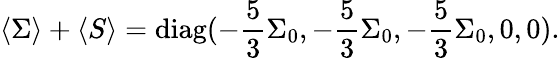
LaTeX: \langle\Sigma\rangle+\langle S\rangle=\mathrm{diag}(-\frac{5}{3}\Sigma_{0},-\frac{5}{3}\Sigma_{0},-\frac{5}{3}\Sigma_{0},0,0).